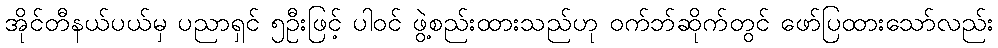
အိုင်တီနယ်ပယ်မှ ပညာရှင် ၅ဦးဖြင့် ပါဝင် ဖွဲ့စည်းထားသည်ဟု ဝက်ဘ်ဆိုက်တွင် ဖော်ပြထားသော်လည်း